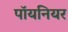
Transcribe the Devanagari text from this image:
पॉयनियर